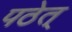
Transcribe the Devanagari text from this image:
पठेत्‌